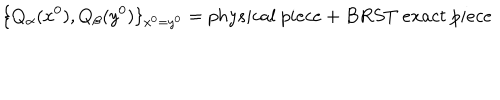
LaTeX: \{ Q _ { \alpha } ( x ^ { 0 } ) , Q _ { \beta } ( y ^ { 0 } ) \} _ { x ^ { 0 } = y ^ { 0 } } = p h y s i c a l \ p i e c e + B R S T \ e x a c t \ p i e c e